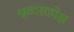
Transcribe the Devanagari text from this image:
श्रव्यसापेक्ष